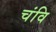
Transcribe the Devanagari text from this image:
चंवि